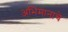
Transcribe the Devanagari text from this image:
अभिमानाचे